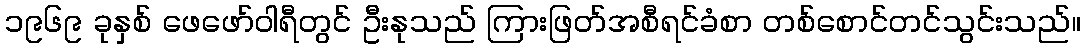
၁၉၆၉ ခုနှစ် ဖေဖော်ဝါရီတွင် ဦးနုသည် ကြားဖြတ်အစီရင်ခံစာ တစ်စောင်တင်သွင်းသည်။